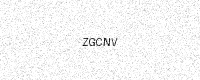
Text: ZGCNV